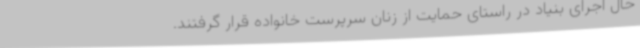
حال اجرای بنیاد در راستای حمایت از زنان سرپرست خانواده قرار گرفتند.